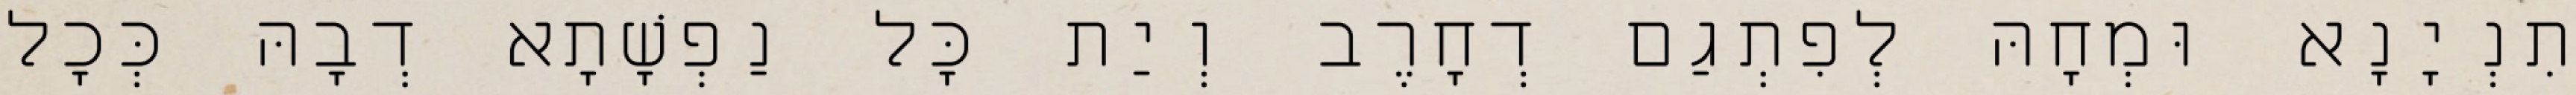
תִנְיָנָא וּמְחָהּ לְפִתְגַם דְחָרֶב וְיַת כָּל נַפְשָׁתָא דְבָהּ כְּכָל